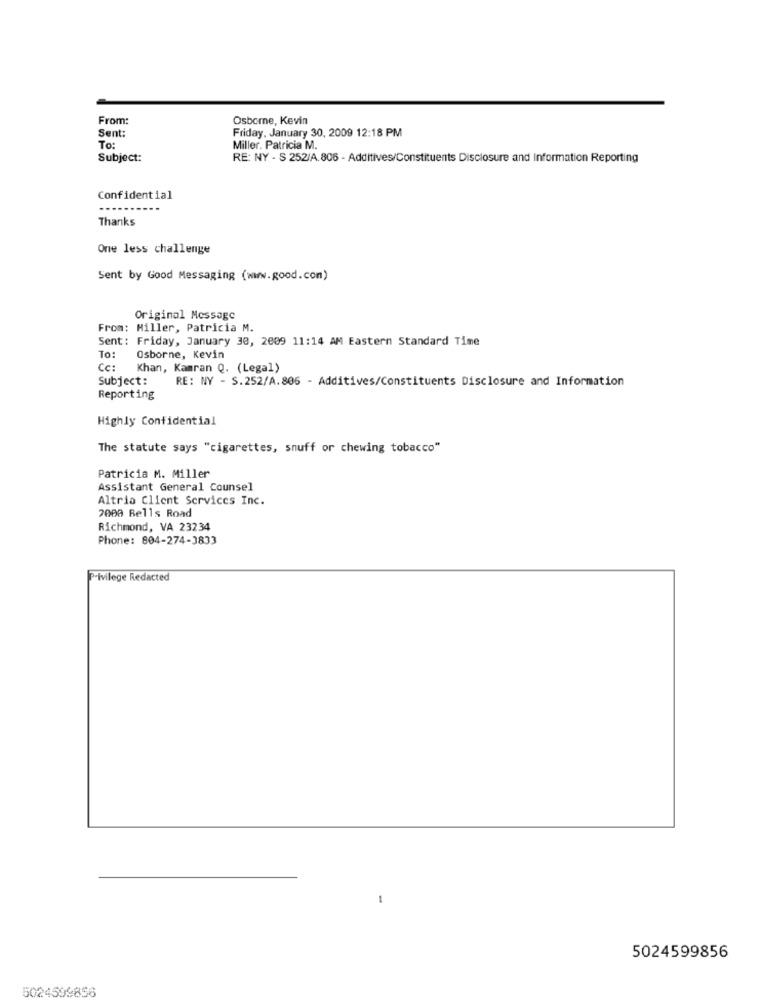
From:
Osborne, Kevin
Sent:
Friday, January 30, 2009 12:18 PM
To:
Miller. Patricia M.
Subject:
RE: NY - S 252/A. 806 - Additives/Constituents Disclosure and Information Reporting
Confidential
Thanks
One less challenge
Sent by Good Messaging (www.good.com)
Original Message
From: Hiller, Patricia M.
Sent: Friday, January 30, 2009 11:14 AM Eastern Standard Time
To:
Osborne, Kevin
Cc:
Khan, Kamran Q. (Legal)
Subject:
RE: NY - S.252/A.806 - Additives/Constituents Disclosure and Information
Reporting
Highly Confidential
The statute says "cigarettes, snuff or chewing tobacco"
Patricia M. Miller
Assistant General Counsel
Altria Client Services Inc.
7000 Bells Road
Richmond, VA 23234
Phone: 804-274-3833
Privilege Redacted
5024599856
5024599856